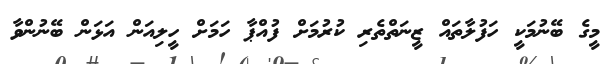
މީގެ ބޭނުމަކީ ހަފުލާތައް ޒީނަތްތެރި ކުރުމަށް ފުއްޕާ ހަމަަށް ހީލިއަން އަޅަން ބޭނުންވާ